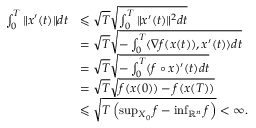
\begin{array} { r l } { \int _ { 0 } ^ { T } \| x ^ { \prime } ( t ) \| d t } & { \leqslant \sqrt { T } \sqrt { \int _ { 0 } ^ { T } \| x ^ { \prime } ( t ) \| ^ { 2 } d t } } \\ & { = \sqrt { T } \sqrt { - \int _ { 0 } ^ { T } \langle \nabla f ( x ( t ) ) , x ^ { \prime } ( t ) \rangle d t } } \\ & { = \sqrt { T } \sqrt { - \int _ { 0 } ^ { T } ( f \circ x ) ^ { \prime } ( t ) d t } } \\ & { = \sqrt { T } \sqrt { f ( x ( 0 ) ) - f ( x ( T ) ) } } \\ & { \leqslant \sqrt { T \left( \operatorname* { s u p } _ { X _ { 0 } } f - \operatorname* { i n f } _ { \mathbb { R } ^ { n } } f \right) } < \infty . } \end{array}